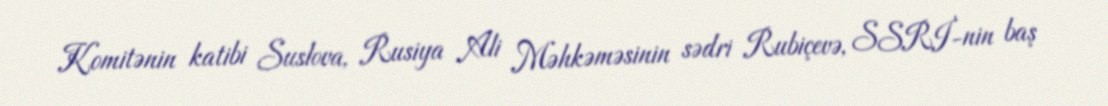
Komitənin katibi Suslova, Rusiya Ali Məhkəməsinin sədri Rubiçevə, SSRİ-nin baş